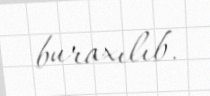
buraxılıb.